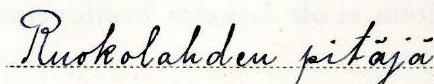
Ruokolahden pitäjä